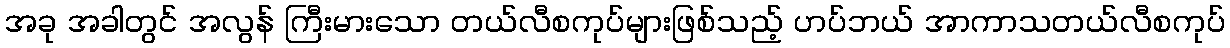
အခု အခါတွင် အလွန် ကြီးမားသော တယ်လီစကုပ်များဖြစ်သည့် ဟပ်ဘယ် အာကာသတယ်လီစကုပ်